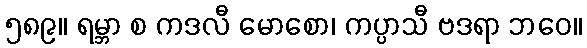
၅၈၉။ ရမ္ဘာ စ ကဒလီ မောစော၊ ကပ္ပာသီ ဗဒရာ ဘဝေ။